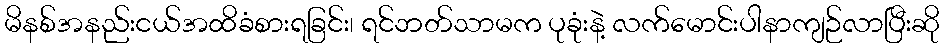
မိနစ်အနည်းငယ်အထိခံစားရခြင်း၊ ရင်ဘတ်သာမက ပုခုံးနဲ့ လက်မောင်းပါနာကျဉ်လာပြီးဆို